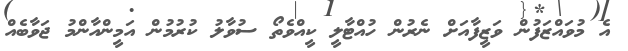
އެ މުވައްޒަފުން ވަޒީފާއަށް ނެރުން ހުއްޓާލީ ކީއްވެތޯ ސުވާލު ކުރުމުން އަމީންއާންމު ޖަވާބެއް